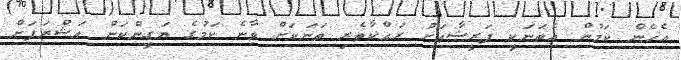
އެހެން ކަމުން އެތަނަކީ ފަރީޝާއަށް ރައްކާތެރި ތަނަކަށް ވާނެ ކަމުގެ ޔަގީންކަން އަޝްރަފަށް